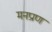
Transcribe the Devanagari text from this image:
मनप्राण